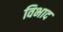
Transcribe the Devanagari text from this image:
विभाद